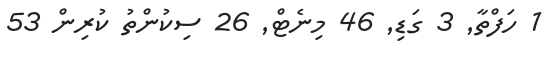
1 ހަފްތާ